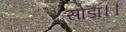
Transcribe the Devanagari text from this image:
सोडा।।